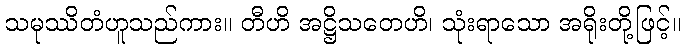
သမုဿိတံဟူသည်ကား။ တီဟိ အဋ္ဌိသတေဟိ၊ သုံးရာသော အရိုးတို့ဖြင့်။